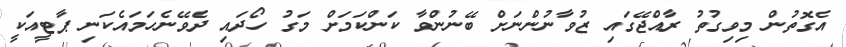
އެގޮތުން މިވިގުތު ރާއްޖޭގައި ޒުވާނުންނަށް ބޭނުންވާ ކަންކަމަށް މަގު ހޯދައި ދެވޭނެހަމައެކަނި ޕާޓީއަކީ